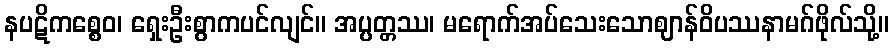
နပဋိကစ္စေဝ၊ ရှေးဦးစွာကပင်လျင်။ အပ္ပတ္တဿ၊ မရောက်အပ်သေးသောဈာန်ဝိပဿနာမဂ်ဖိုလ်သို့။